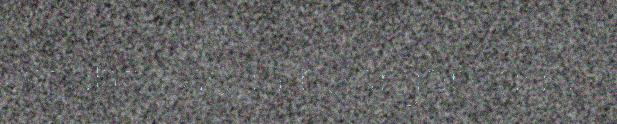
stáhta addá boargáriidda